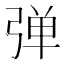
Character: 弹